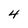
Character: 4